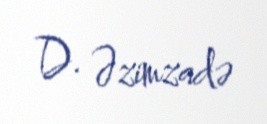
D. Əzimzadə